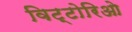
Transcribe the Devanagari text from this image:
विट्टोरिओ